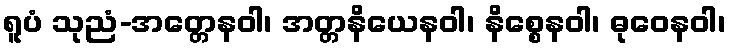
ရူပံ သုညံ-အတ္တေနဝါ၊ အတ္တနိယေနဝါ၊ နိစ္စေနဝါ၊ ဓုဝေနဝါ၊